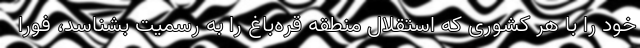
خود را با هر کشوری که استقلال منطقه قره‌باغ را به رسمیت بشناسد، فورا